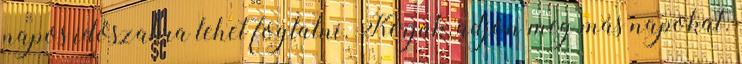
napos időszakra lehet foglalni. Kérjük, adjon meg más napokat.